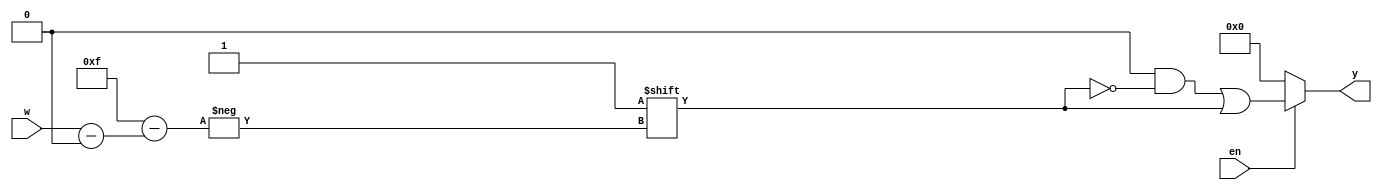
`timescale 1ns / 1ps
//////////////////////////////////////////////////////////////////////////////////
// Company: 
// Engineer: 
// 
// Design Name: 
// Module Name: decoder_generic
// Project Name: 
// Target Devices: 
// Tool Versions: 
// Description: 
// 
// Dependencies: 
// 
// Revision:
// Revision 0.01 - File Created
// Additional Comments:
// 
//////////////////////////////////////////////////////////////////////////////////


module decoder_generic
     #(parameter n = 4)
(
     input [n-1:0]w,
     input en,
     output reg [0 : 2**n-1]y
    );
    always @(w,en)
    begin
       y = 'b0;
       
       if(en)
          y[w]=1'b1;
       else 
          y = 'b0;
     end        
    
    
    
    
    
    
    
endmodule